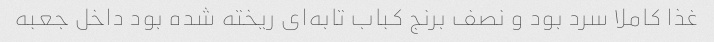
غذا کاملا سرد بود و نصف برنج کباب تابه‌ای ریخته شده بود داخل جعبه